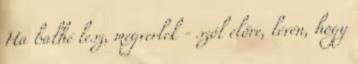
Ha balhé lesz, megverlek - szól előre, lévén, hogy